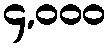
၄,၀၀၀